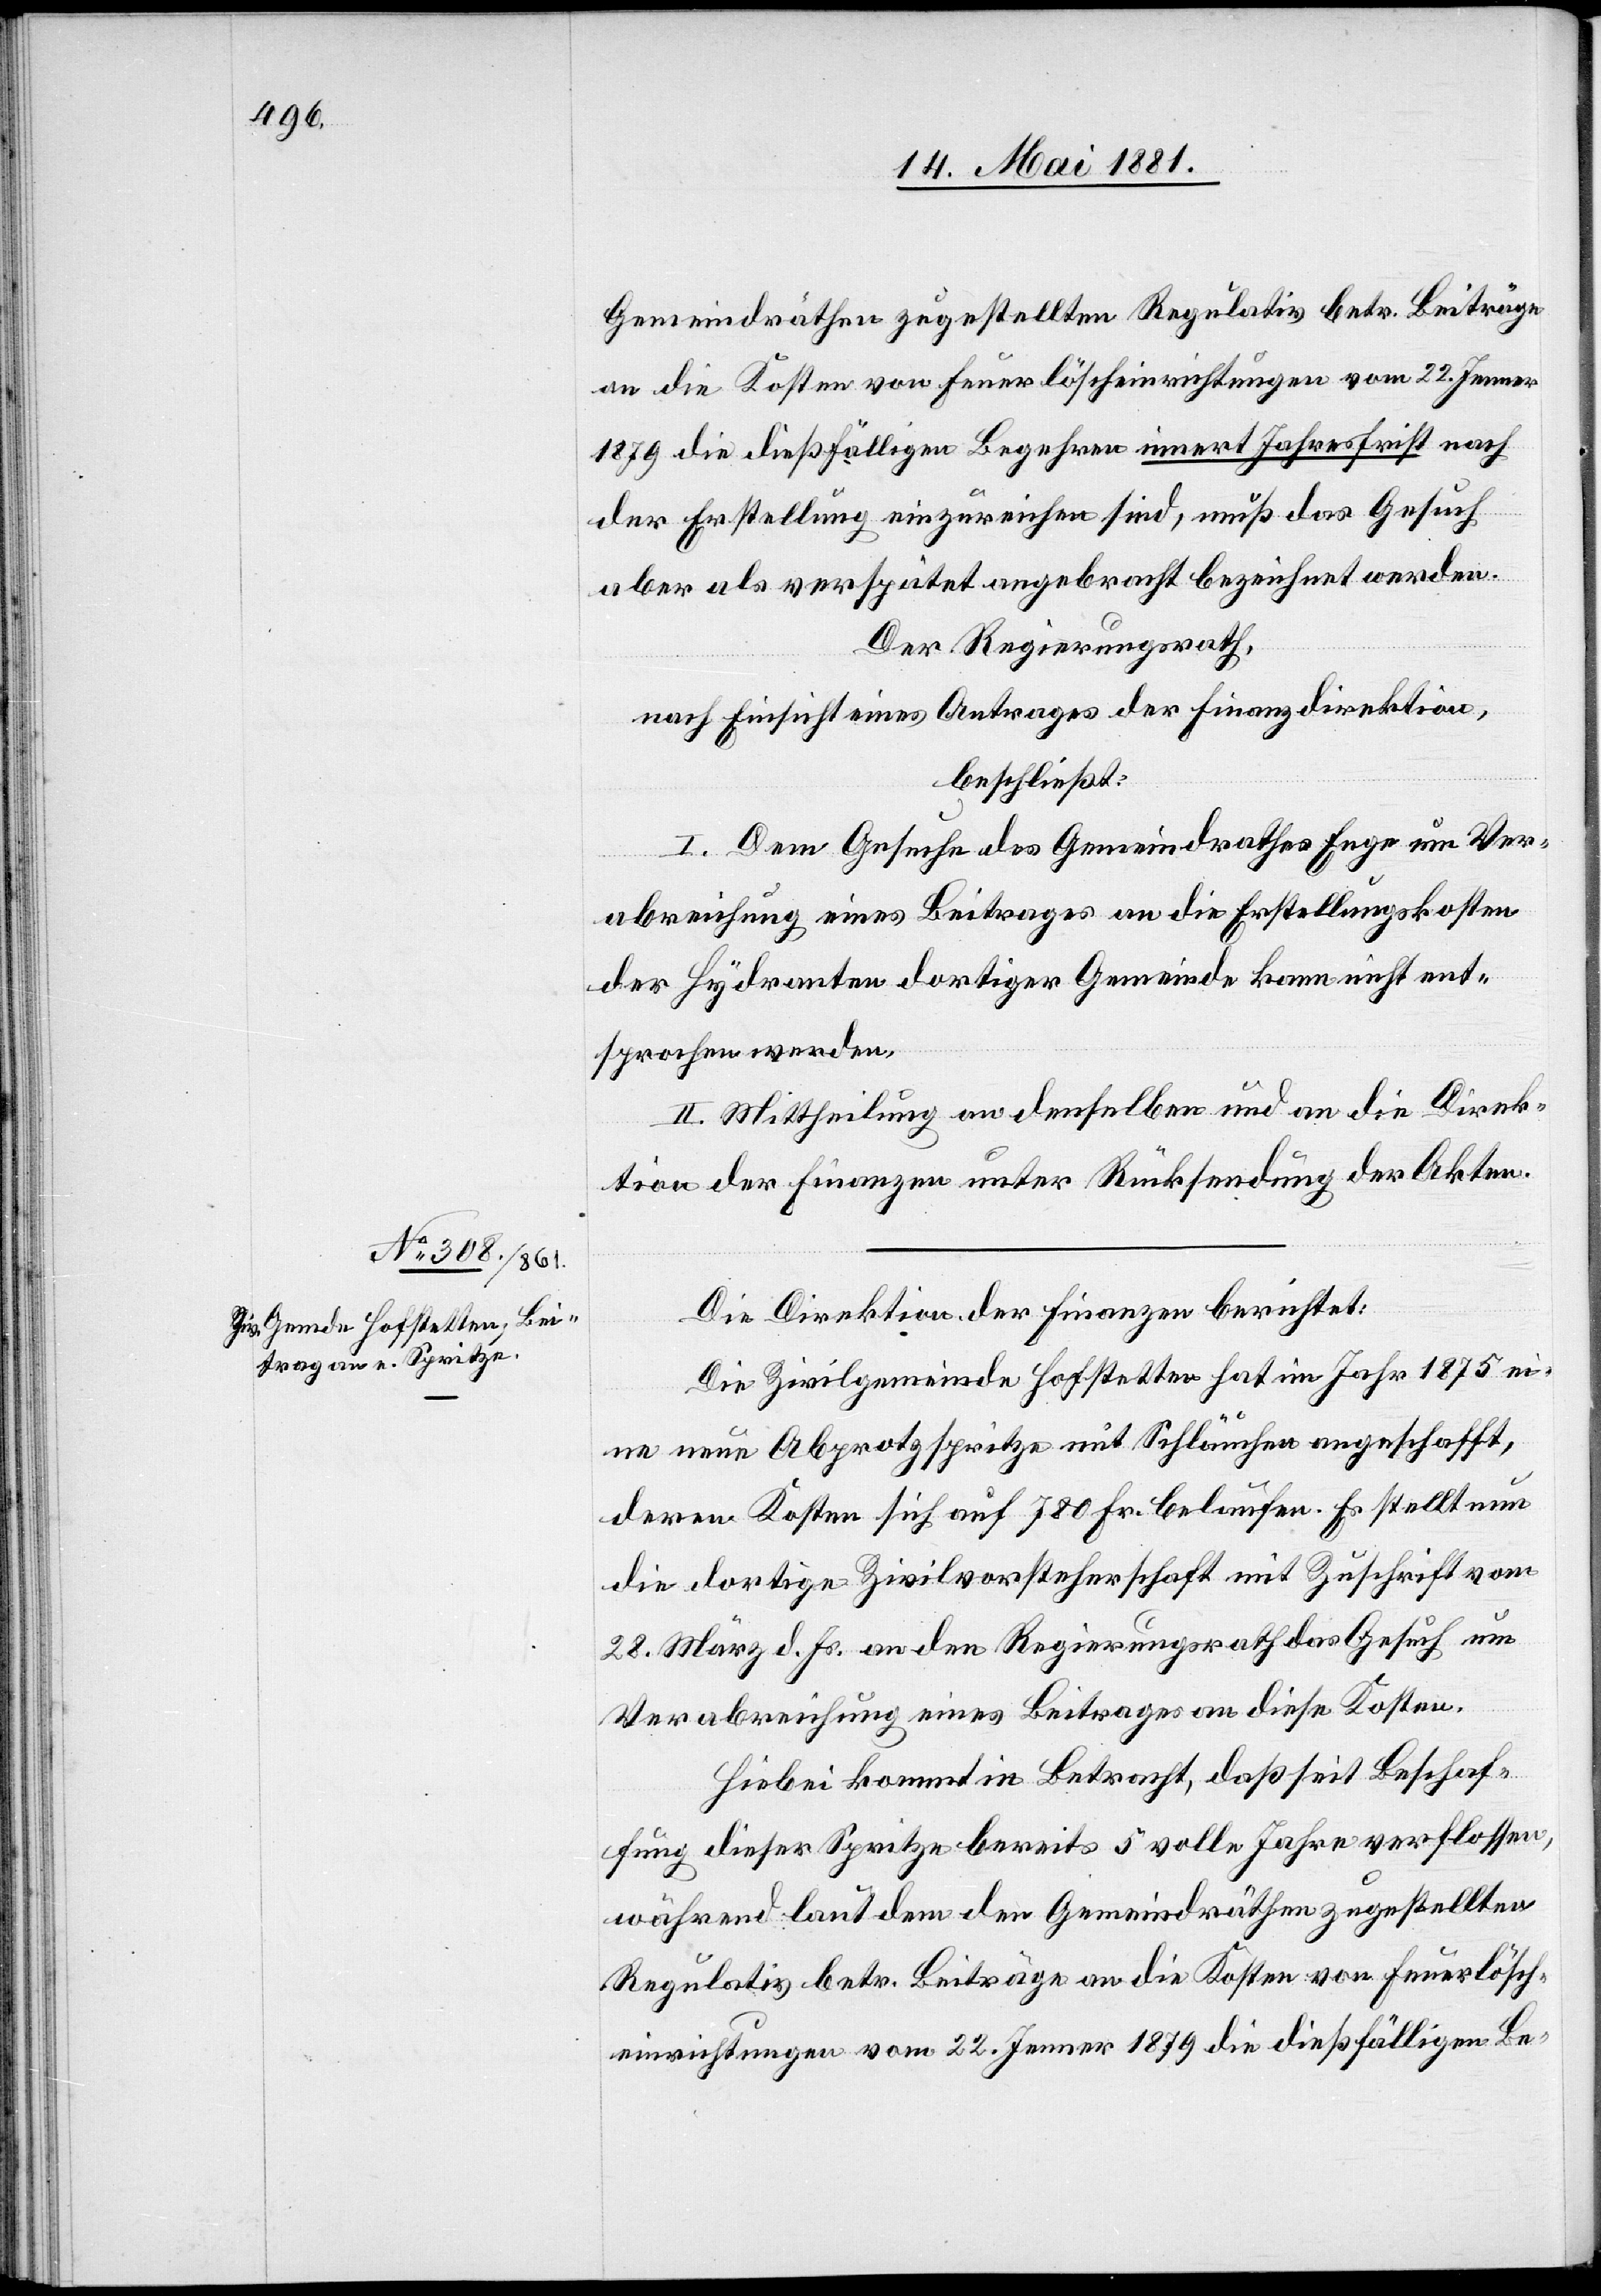
Gemeindräthen zugestellten Regulativ betr. Beiträgen
an die Kosten von Feuerlöscheinrichtungen vom 22. Jenner
1879 die dießfälligen Begehren innert Jahresfrist nach
der Erstellung einzureichen sind, muß das Gesuch
aber als verspätet angebracht bezeichnet werden.
Der Regierungsrath,
nach Einsicht eines Antrages der Finanzdirektion,
beschließt:
I. Dem Gesuche des Gemeindrathes Enge um Ver¬
abreichung eines Beitrages an die Erstellungskosten
der Hydranten dortiger Gemeinde kann nicht ent¬
sprochen werden.
II. Mittheilung an denselben und an die Direk¬
tion der Finanzen unter Rücksendung der Akten.
Die Direktion der Finanzen berichtet:
Die Zivilgemeinde Hofstetten hat im Jahr 1875 ei¬
ne neue Abprotzspritze mit Schläuchen angeschafft,
deren Kosten sich auf 780 Fr. belaufen. Es stellt nun
die dortige Zivilvorsteherschaft mit Zuschrift vom
28. März d. Js. an den Regierungsrath das Gesuch um
Verabreichung eines Beitrages an diese Kosten.
Hiebei kommt in Betracht, daß seit Beschaf¬
fung dieser Spritze bereits 5 volle Jahre verflossen,
während lauf dem den Gemeindräthen zugestellten
Regulativs betr. Beiträge an die Kosten von Feuerlösch¬
einrichtungen vom 22. Jenner 1879 die dießfälligen Be-